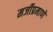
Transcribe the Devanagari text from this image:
मर्जीप्रमाणे